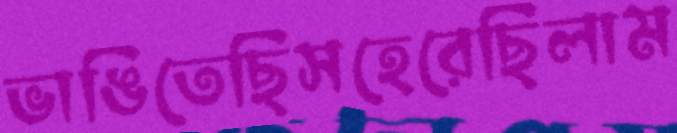
ভাঙিতেছিসহেরেছিলাম